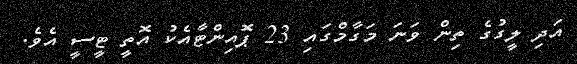
އަދި ލީގުގެ ތިން ވަނަ މަގާމްގައި 23 ޕޮއިންޓާއެކު އޮތީ ޓީސީ އެވެ.